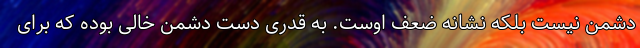
دشمن نیست بلکه نشانه ضعف اوست. به قدری دست دشمن خالی بوده که برای